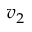
v _ { 2 }